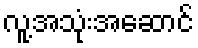
လူ့အသုံးအဆောင်